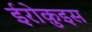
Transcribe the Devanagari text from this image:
ईरोक़ुइस